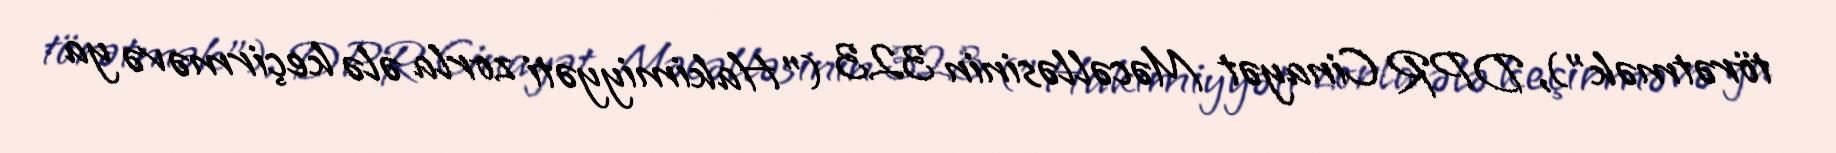
törətmək"), DPR Cinayət Məcəlləsinin 323 ("Hakimiyyəti zorla ələ keçirmə və ya